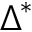
\Delta ^ { * }